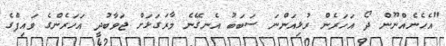
"އެހެނެއްނޫން ދޯ އަހަރެން ރުޅިއަންނަ ސަބަބު އެނގޭނެ މާރަގަޅަށް ޖަވާބުދީ އަހަރެންގެ ވައިފްގެ